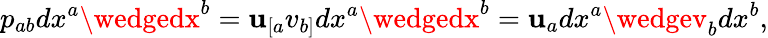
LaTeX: p_{ab}dx^{a}\wedgedx^{b}=\mathbf{u}_{[a}v_{b]}dx^{a}\wedgedx^{b}=\mathbf{u}_{a}dx^{a}\wedgev_{b}dx^{b},